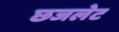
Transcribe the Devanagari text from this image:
छजलेट